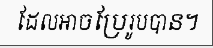
ដែលអាចប្រែរូបបាន។